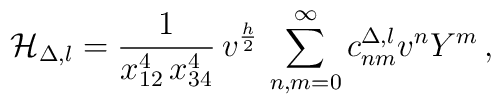
{\cal H}_{\Delta, l} = \frac{1}{x_{12}^4 \, x_{34}^4} \,v^{\frac{h}{2}} \, \sum_{n,m=0}^\infty c^{\Delta, l}_{nm} v^n Y^m \, ,